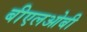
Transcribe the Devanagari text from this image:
बीएलओबी